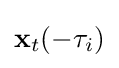
\mathbf {x} _{t}(-\tau _{i})